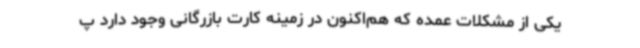
یکی از مشکلات عمده که هم‌اکنون در زمینه کارت بازرگانی وجود دارد پ